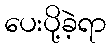
ပေးပို့ခဲ့ရာ